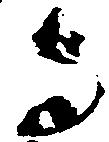
与